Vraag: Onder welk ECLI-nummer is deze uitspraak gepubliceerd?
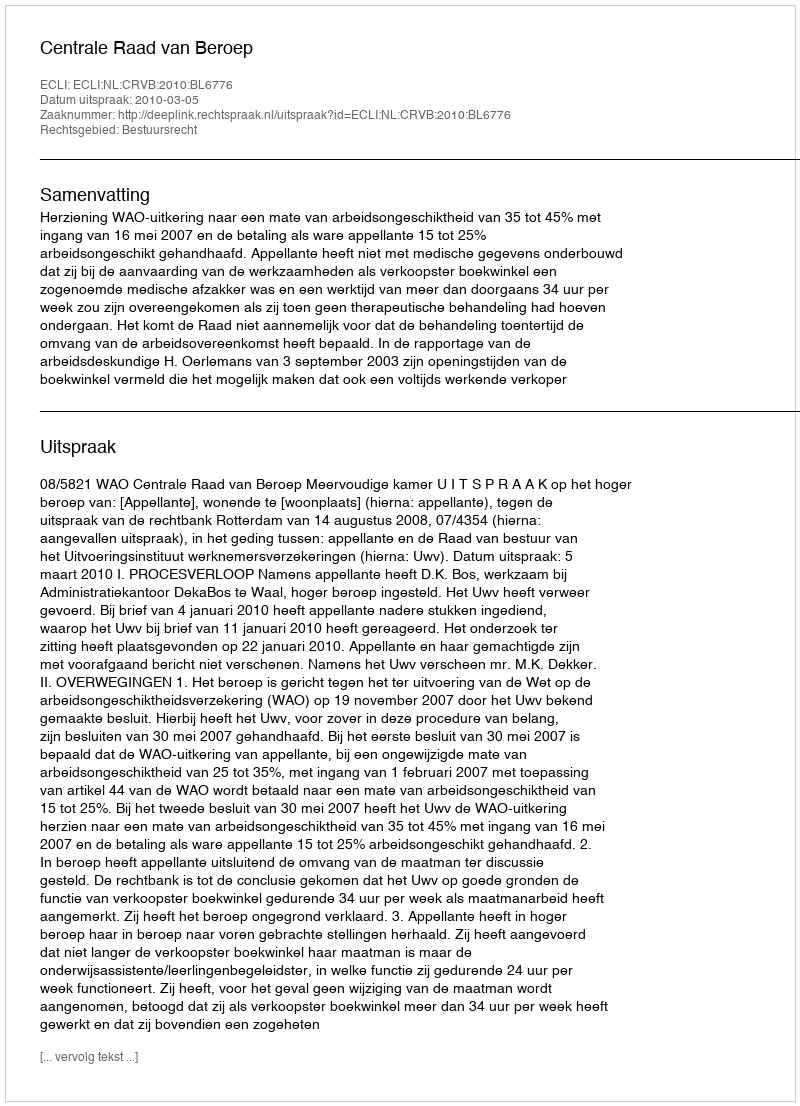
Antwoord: ECLI:NL:CRVB:2010:BL6776